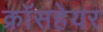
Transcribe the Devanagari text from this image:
क्रॉसहेयर